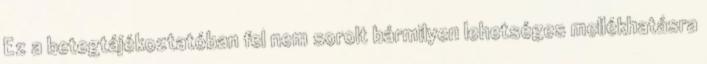
Ez a betegtájékoztatóban fel nem sorolt bármilyen lehetséges mellékhatásra